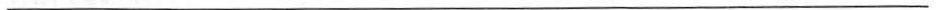
___